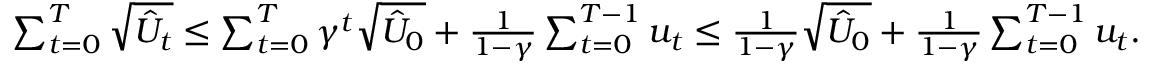
\begin{array} { r } { \sum _ { t = 0 } ^ { T } \sqrt { \hat { U } _ { t } } \le \sum _ { t = 0 } ^ { T } \gamma ^ { t } \sqrt { \hat { U } _ { 0 } } + \frac { 1 } { 1 - \gamma } \sum _ { t = 0 } ^ { T - 1 } u _ { t } \le \frac { 1 } { 1 - \gamma } \sqrt { \hat { U } _ { 0 } } + \frac { 1 } { 1 - \gamma } \sum _ { t = 0 } ^ { T - 1 } u _ { t } . } \end{array}